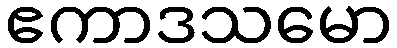
ဧကာဒသမော